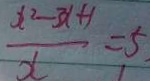
\frac { x ^ { 2 } - 3 x + 1 } { x } = 5